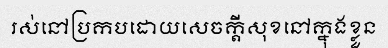
រស់នៅប្រកបដោយសេចក្តីសុខនៅក្នុងខ្លួន